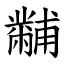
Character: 黼